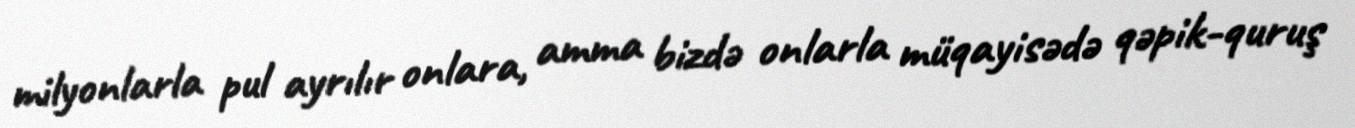
milyonlarla pul ayrılır onlara, amma bizdə onlarla müqayisədə qəpik-quruş